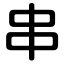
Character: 串